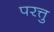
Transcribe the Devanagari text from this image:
परत्तु